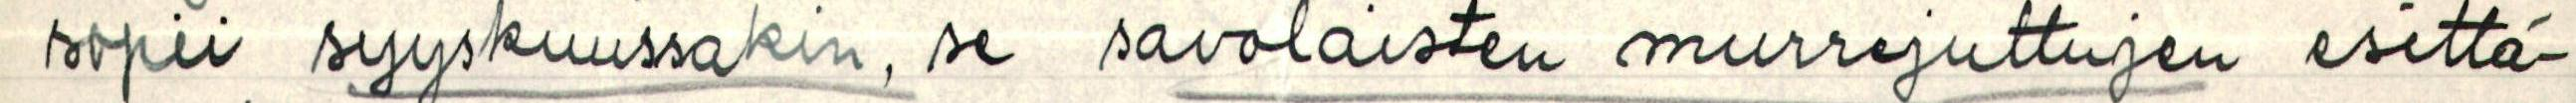
sopii syyskuussakin, se savolaisten murrejuttujen esittä-